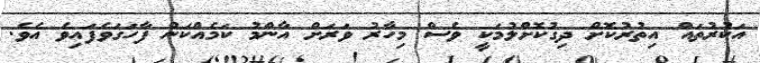
އަކުރުތައް އިތުރުކޮށް ދިގުކޮށްލުމަކީ ވެސް މިހާރު ވަރަށް އާންމު ކަމެއްކަން ފާހަގަވެފައިވެ އެވެ.